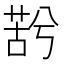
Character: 𮏫